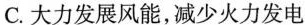
C.大力发展风能，减少火力发电